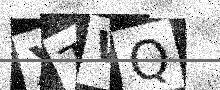
Text: XTWQ